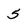
Character: 5